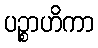
ပဉ္စာဟိကာ